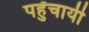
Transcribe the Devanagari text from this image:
पहुॅचायी